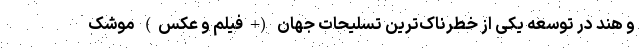
و هند در توسعه یکی از خطرناک‌ترین تسلیحات جهان (+فیلم و عکس) موشک